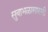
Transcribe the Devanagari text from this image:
सुबाभळासारखी